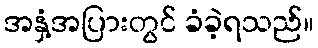
အနှံ့အပြားတွင် ခံခဲ့ရသည်။